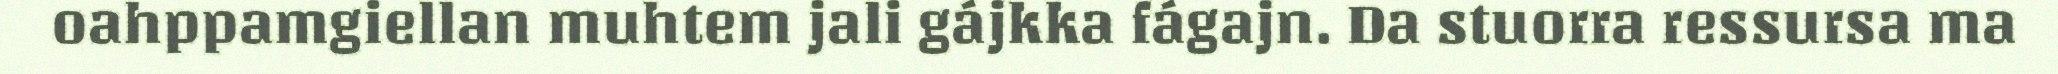
oahppamgiellan muhtem jali gájkka fágajn. Da stuorra ressursa ma